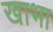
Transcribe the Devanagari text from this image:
खाभा